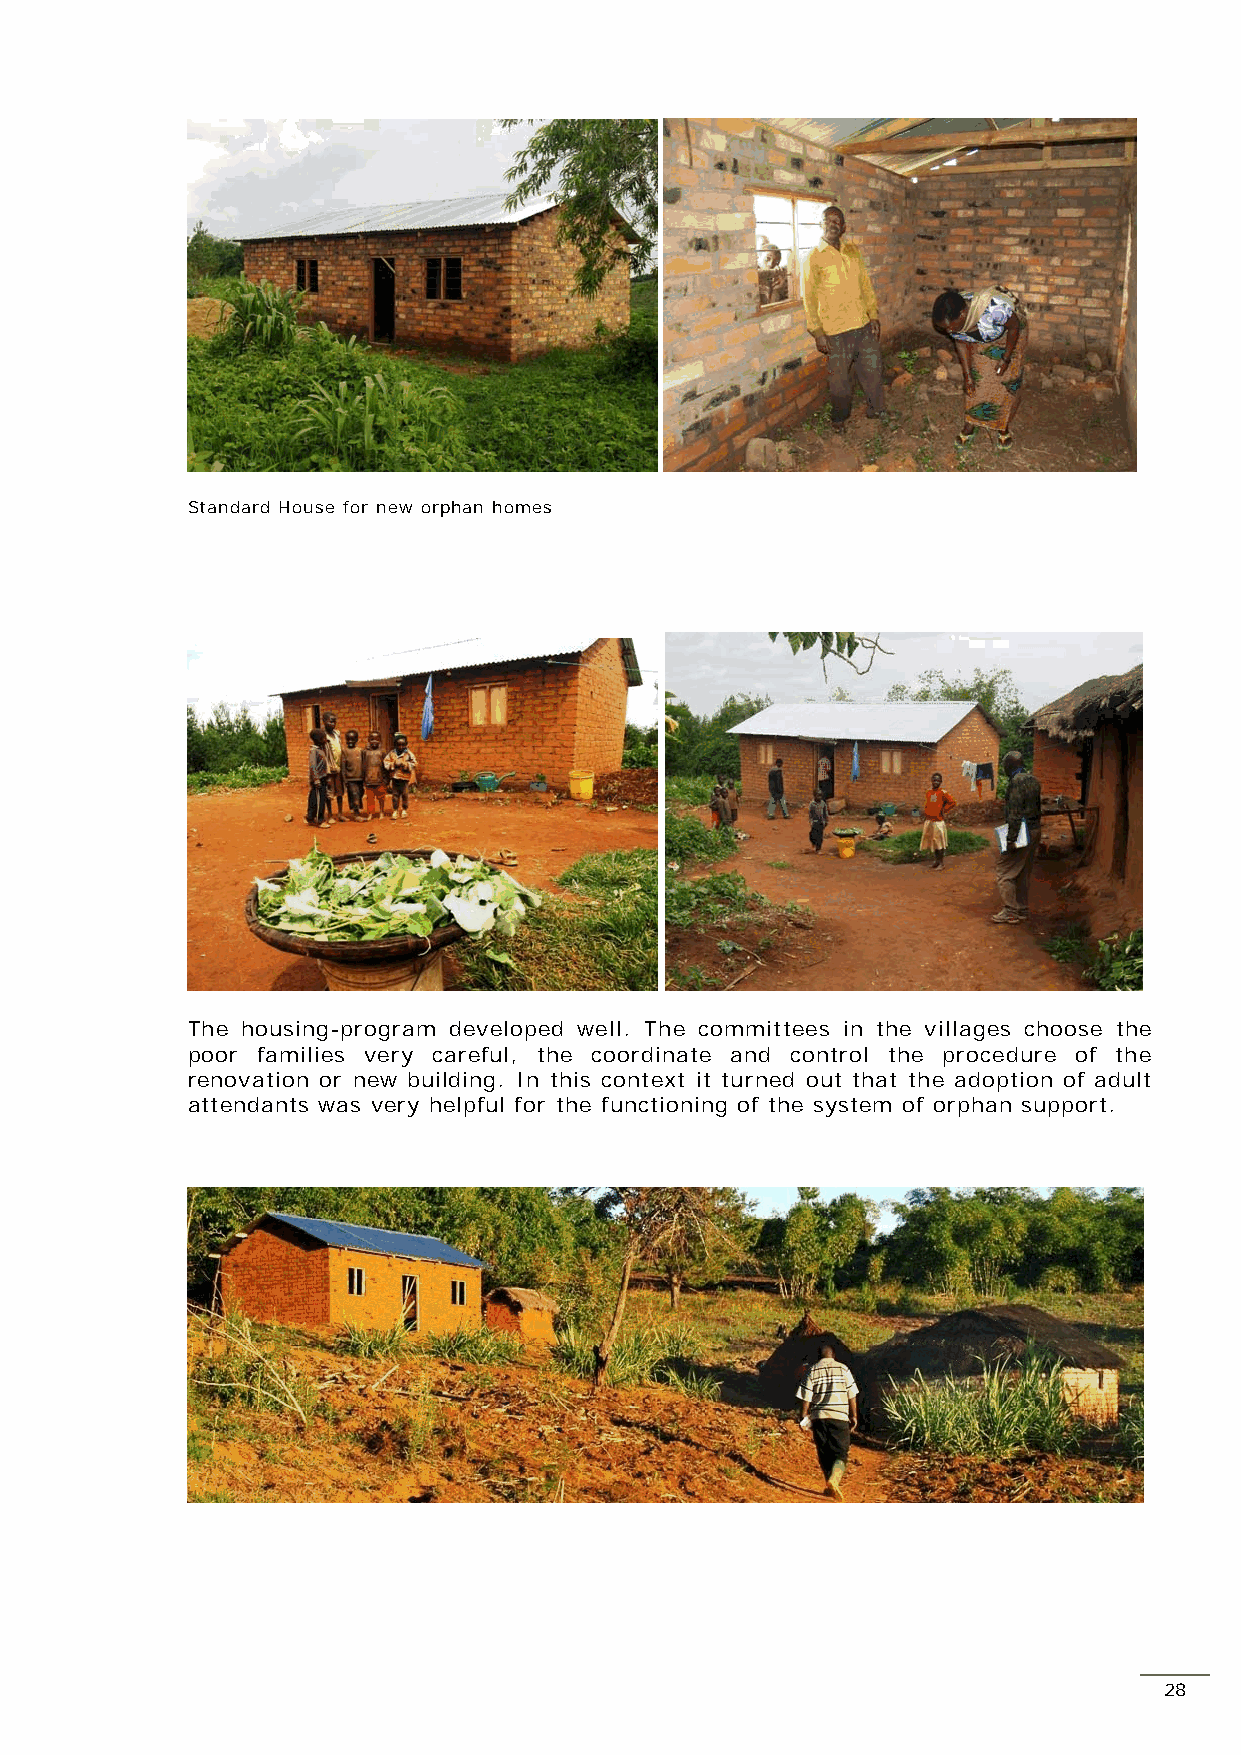
Standard House for new orphan homes
 The housing-program developed well. The committees in the villages choose the
 poor families very careful, the coordinate and control the procedure of the
 renovation or new building. In this context it turned out that the adoption of adult
 attendants was very helpful for the functioning of the system of orphan support.
 28